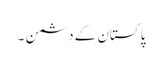
پاکستان کے دشمن ۔